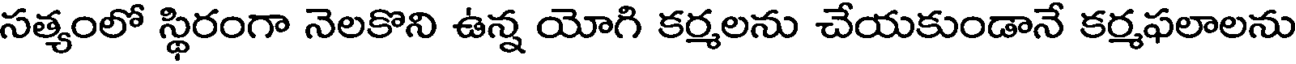
సత్యంలో స్థిరంగా నెలకొని ఉన్న యోగి కర్మలను చేయకుండానే కర్మఫలాలను